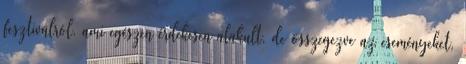
fesztiválról, ami egészen érdekesen alakult, de összegezve az eseményeket,